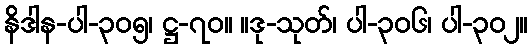
နိဒါန-ပါ-၃၀၅၊ ဋ္ဌ-၇၀။ ။ဒု-သုတ်၊ ပါ-၃၀၆၊ ပါ-၃၀၂။